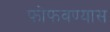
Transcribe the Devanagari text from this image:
फोफवण्यास